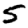
Digit: 5